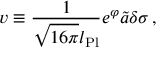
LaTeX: v \equiv { \frac { 1 } { \sqrt { 1 6 \pi } l _ { \mathrm { P l } } } } e ^ { \varphi } \widetilde { a } \delta \sigma \, ,